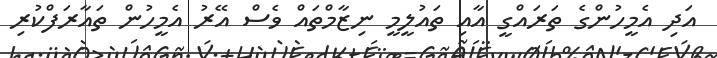
އަދި އެމީހުންގެ ތަރައްގީ އާއި ތައުލީމީ ނިޒާމްތައް ވެސް އޭރު އެމީހުން ތައާރަފްކުރި